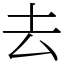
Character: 去